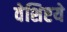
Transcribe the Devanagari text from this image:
वेशिष्टये